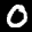
Label: 0